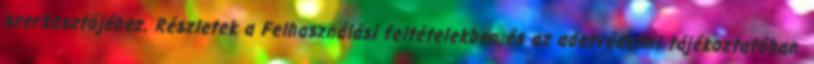
szerkesztőjéhez. Részletek a Felhasználási feltételekben és az adatvédelmi tájékoztatóban.